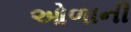
ઓળાની